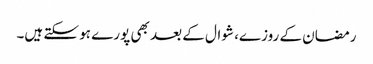
رمضان کے روزے، شوال کے بعد بھی پورے ہو سکتے ہیں۔